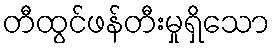
တီထွင်ဖန်တီးမှုရှိသော